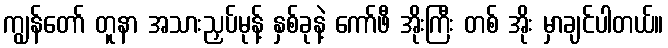
ကျွန်တော် တူနာ အသားညှပ်မုန့် နှစ်ခုနဲ့ ကော်ဖီ အိုးကြီး တစ် အိုး မှာချင်ပါတယ်။